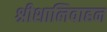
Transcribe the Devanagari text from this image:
श्रीशालिवाहन